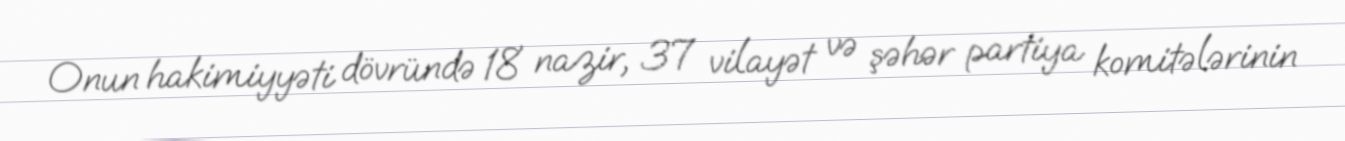
Onun hakimiyyəti dövründə 18 nazir, 37 vilayət və şəhər partiya komitələrinin